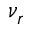
\nu _ { r }